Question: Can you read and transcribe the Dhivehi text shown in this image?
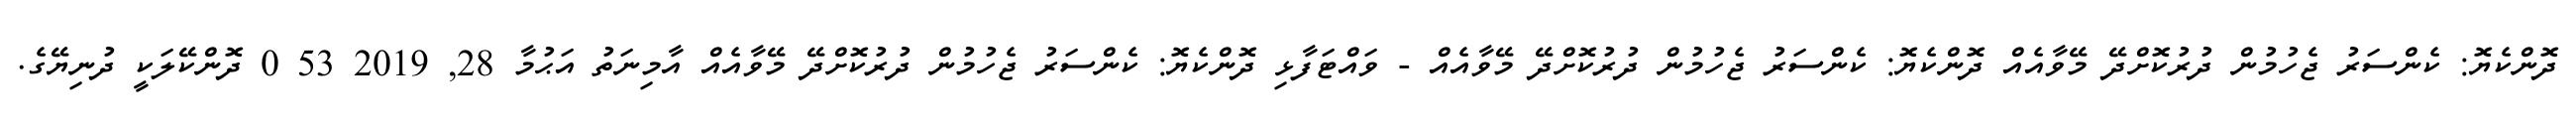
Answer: ދޮންކެޔޮ: ކެންސަރު ޖެހުމުން ދުރުކޮށްދޭ މޭވާއެއް ދޮންކެޔޮ: ކެންސަރު ޖެހުމުން ދުރުކޮށްދޭ މޭވާއެއް - ވައްޓަފާޅި ދޮންކެޔޮ: ކެންސަރު ޖެހުމުން ދުރުކޮށްދޭ މޭވާއެއް އާމިނަތު އަޙުމާ 28, 2019 53 0 ދޮންކޭލަކީ ދުނިޔޭގެ.